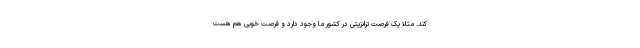
کند. مثلا یک فرصت ترانزیتی در کشور ما وجود دارد و فرصت خوبی هم هست